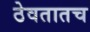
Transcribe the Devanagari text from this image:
ठेवतातच